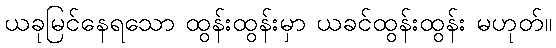
ယခုမြင်နေရသော ထွန်းထွန်းမှာ ယခင်ထွန်းထွန်း မဟုတ်။